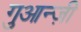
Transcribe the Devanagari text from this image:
गुआन्ज़ी